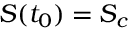
S ( t _ { 0 } ) = S _ { c }